Scottish Leaving Certificate Examination, 1958
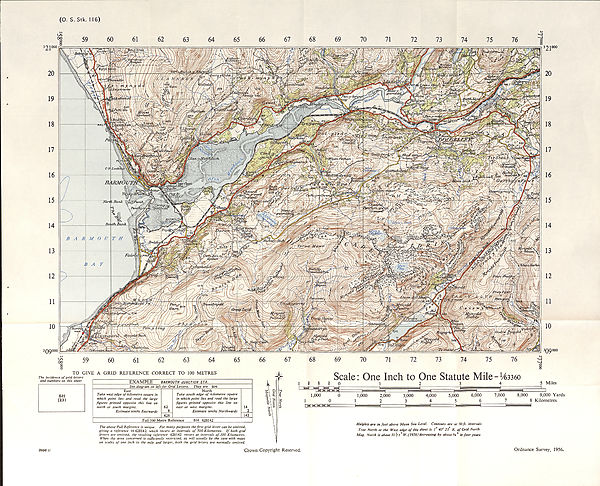
(O. S. Stk. 116)
TO GIVE A GRID REFERENCE CORRECT TO 100 METRES
The incidence of grid letters
and numbers on this sheet
EXAMPLE BARMOUTH JUNCTION ST A.
See diagram on left for Grid Letters. They are SH
East
Take west edge of kilometre square in
which point lies and read the large
figures printed opposite this line on
north or south margins.
Estimate tenths Eastwards
62
628
North
Take south edge of kilometre square
in which point lies and read the large
figures printed opposite this line on
east or west margins.
Estimate tenths Northwards
Full 100 Metre Reference
SH 628142
14
142
The above Full Reference is unique. For many purposes the first grid letter can be omitted,
giving a reference H 628142 which recurs at intervals of 500 Kilometres. If both grid
letters are omitted, the resulting reference 628142 recurs at intervals of 100 Kilometres.
When the area concerned is sufficiently restricted, as will usually be the case with maps
on scales of one inch to the mile and larger, both the grid letters are normally omitted.
Scale: One Inch to One Statute Mile = Vmeo
i i i 0
5 Miles
1,000
0
1,000
2,000
3,000
4,000
5,000
6,000
7,000
8,000
9,000 Yards
101
2345678 Kilometres
I M H H H hi
1
I
I
I
U—
■ - ' "I
I
I
Heights are in feet above Mean Sea Level. Contours are at 50ft. intervals
True North at the West edge of this sheet is 1 40' 23 E. of Grid North
Mag. North is about 10 1 /2° W.( 1956) decreasing by about Va ° in four years
3996 U
Crown Copyright Reserved.
Ordnance Survey, 1956.